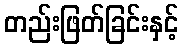
တည်းဖြတ်ခြင်းနှင့်